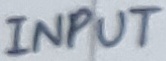
Text: INPUT